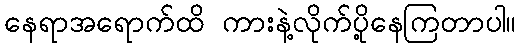
နေရာအရောက်ထိ ကားနဲ့လိုက်ပို့နေကြတာပါ။